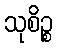
သုစိဉ္စ